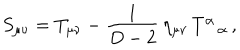
S _ { \mu \nu } = T _ { \mu \nu } - \frac { 1 } { D - 2 } \, \eta _ { \mu \nu } \, T _ { \alpha } ^ { \alpha } \, ,